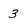
Character: 3